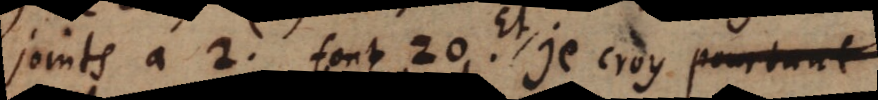
joints a 2. font 20. Et je croy pourtant